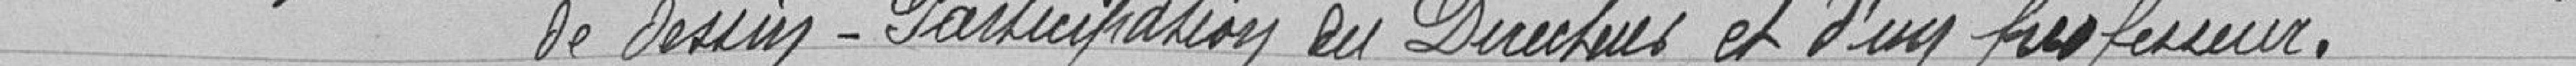
de dessin-Publication des Directives et d'un professeur.